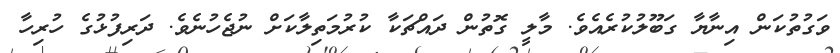
ވަގުތުކަން އިނާޔާ ގަބޫލުކުރެއެވެ. މާލީ ގޮތުން ދައްޗަކާ ކުރުމަތިލާކަށް ނުޖެހުނެވެ. ދަރިފުޅުގެ ހުރިހާ